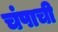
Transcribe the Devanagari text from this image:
चंपाची